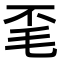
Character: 𭯒